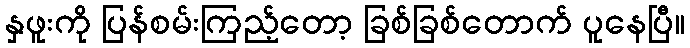
နှဖူးကို ပြန်စမ်းကြည့်တော့ ခြစ်ခြစ်တောက် ပူနေပြီ။